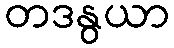
တဒနွယာ